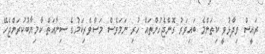
ރައީސް ވިދާޅުވީ ކިތަންމެ ބައިވަރު ގޮންޖެހުންތައް ހުރި ނަމަވެސް މަސްވެރިކަމުގެ ސިނާއަތް ކާމިޔާބުކުރަންޖެހޭ